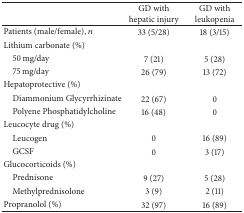
<table><thead><tr><td><b> </b></td><td><b>GD with hepatic injury</b></td><td><b>GD with leukopenia</b></td></tr></thead><tbody><tr><td>Patients (male/female), <i>n</i></td><td>33 (5/28)</td><td>18 (3/15)</td></tr><tr><td>Lithium carbonate (%)</td><td> </td><td> </td></tr><tr><td> 50 mg/day</td><td>7 (21)</td><td>5 (28)</td></tr><tr><td> 75 mg/day</td><td>26 (79)</td><td>13 (72)</td></tr><tr><td>Hepatoprotective (%)</td><td> </td><td> </td></tr><tr><td> Diammonium Glycyrrhizinate </td><td>22 (67)</td><td>0</td></tr><tr><td> Polyene Phosphatidylcholine</td><td>16 (48)</td><td>0</td></tr><tr><td>Leucocyte drug (%)</td><td> </td><td> </td></tr><tr><td> Leucogen </td><td>0</td><td>16 (89)</td></tr><tr><td> GCSF </td><td>0</td><td>3 (17)</td></tr><tr><td>Glucocorticoids (%)</td><td> </td><td> </td></tr><tr><td> Prednisone</td><td>9 (27)</td><td>5 (28)</td></tr><tr><td> Methylprednisolone</td><td>3 (9)</td><td>2 (11)</td></tr><tr><td>Propranolol (%)</td><td>32 (97)</td><td>16 (89)</td></tr></tbody></table>